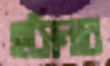
হসিনার